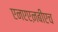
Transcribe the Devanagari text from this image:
एनएएऩबीएच